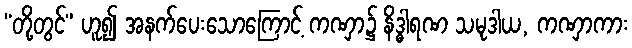
“တို့တွင်” ဟူ၍ အနက်ပေးသောကြောင့် ကဏှာ၌ နိဒ္ဓါရဏ သမုဒါယ, ကဏှာကား